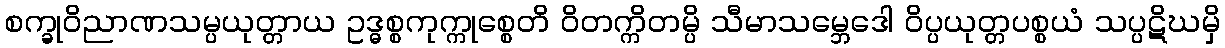
စက္ခုဝိညာဏသမ္ပယုတ္တာယ ဥဒ္ဓစ္စကုက္ကုစ္စေတိ ဝိတက္ကိတမ္ပိ သီမာသမ္ဘေဒေါ ဝိပ္ပယုတ္တပစ္စယံ သပ္ပဋိဃမှိ